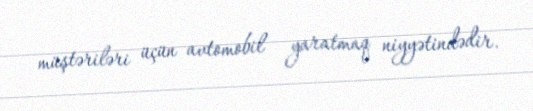
müştəriləri üçün avtomobil yaratmaq niyyətindədir.